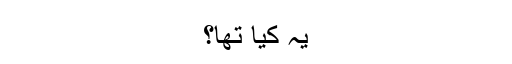
يہ کيا تھا؟